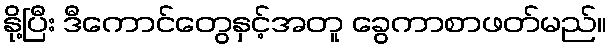
နို့ပြီး ဒီကောင်တွေနှင့်အတူ ခွေကာစာဖတ်မည်။